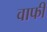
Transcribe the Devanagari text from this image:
वाफी